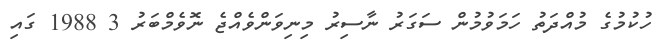
ހުކުމުގެ މުއްދަތު ހަމަވުމުން ސަގަރު ނާސިރު މިނިވަންވެއްޖެ ނޮވެމްބަރު 3 1988 ގައި